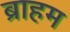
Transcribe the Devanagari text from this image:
ब्राहम